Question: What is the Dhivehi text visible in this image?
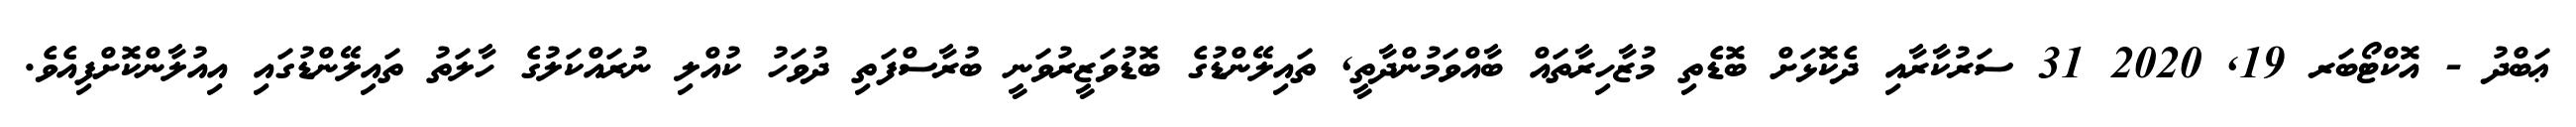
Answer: ޢަބްދު - އޮކްޓޯބަރ 19, 2020 31 ސަރުކާރާއި ދެކޮޅަށް ބޮޑެތި މުޒާހިރާތައް ބާއްވަމުންދާތީ, ތައިލޭންޑުގެ ބޮޑުވަޒީރުވަނީ ބުރާސްފަތި ދުވަހު ކުއްލި ނުރައްކަލުގެ ހާލަތު ތައިލޭންޑުގައި އިއުލާންކޮށްފިއެވެ.